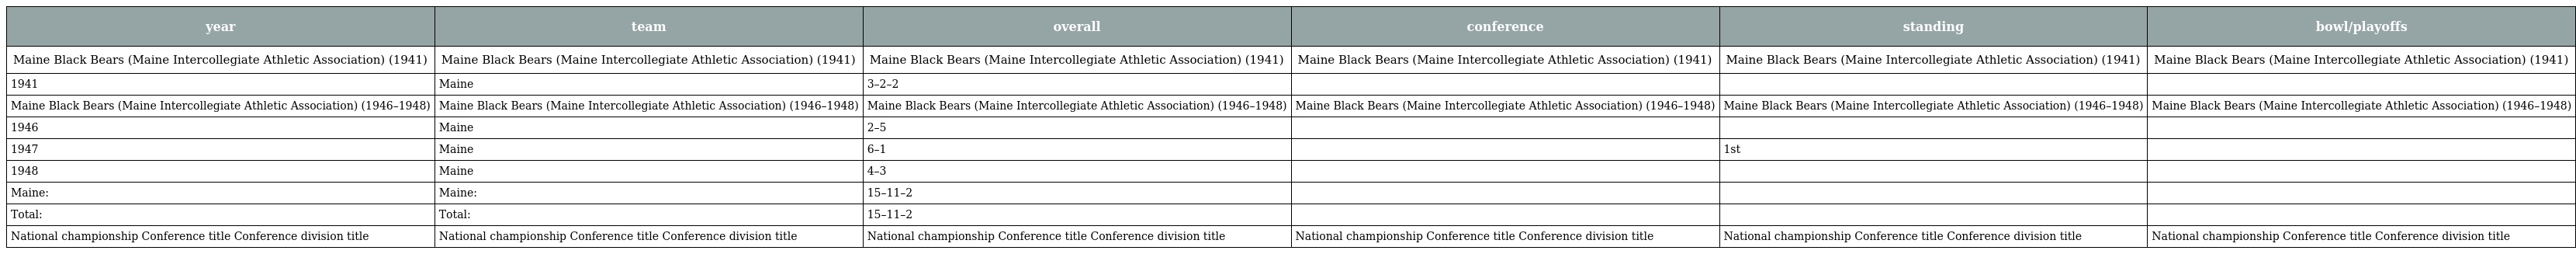
| year | team | overall | conference | standing | bowl/playoffs |
 | --- | --- | --- | --- | --- | --- |
 | Maine Black Bears (Maine Intercollegiate Athletic Association) (1941) | Maine Black Bears (Maine Intercollegiate Athletic Association) (1941) | Maine Black Bears (Maine Intercollegiate Athletic Association) (1941) | Maine Black Bears (Maine Intercollegiate Athletic Association) (1941) | Maine Black Bears (Maine Intercollegiate Athletic Association) (1941) | Maine Black Bears (Maine Intercollegiate Athletic Association) (1941) |
 | 1941 | Maine | 3–2–2 |  |  |  |
 | Maine Black Bears (Maine Intercollegiate Athletic Association) (1946–1948) | Maine Black Bears (Maine Intercollegiate Athletic Association) (1946–1948) | Maine Black Bears (Maine Intercollegiate Athletic Association) (1946–1948) | Maine Black Bears (Maine Intercollegiate Athletic Association) (1946–1948) | Maine Black Bears (Maine Intercollegiate Athletic Association) (1946–1948) | Maine Black Bears (Maine Intercollegiate Athletic Association) (1946–1948) |
 | 1946 | Maine | 2–5 |  |  |  |
 | 1947 | Maine | 6–1 |  | 1st |  |
 | 1948 | Maine | 4–3 |  |  |  |
 | Maine: | Maine: | 15–11–2 |  |  |  |
 | Total: | Total: | 15–11–2 |  |  |  |
 | National championship Conference title Conference division title | National championship Conference title Conference division title | National championship Conference title Conference division title | National championship Conference title Conference division title | National championship Conference title Conference division title | National championship Conference title Conference division title |